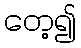
တေ့၍